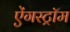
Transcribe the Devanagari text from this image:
ऐंगस्ट्रॉम